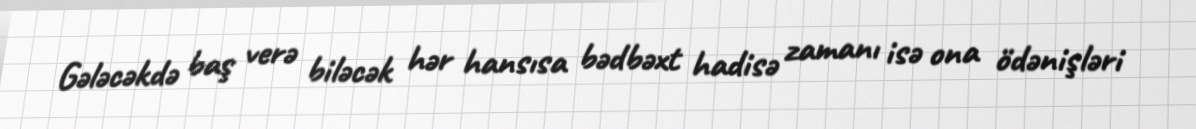
Gələcəkdə baş verə biləcək hər hansısa bədbəxt hadisə zamanı isə ona ödənişləri